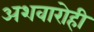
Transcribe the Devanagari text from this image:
अशवारोही